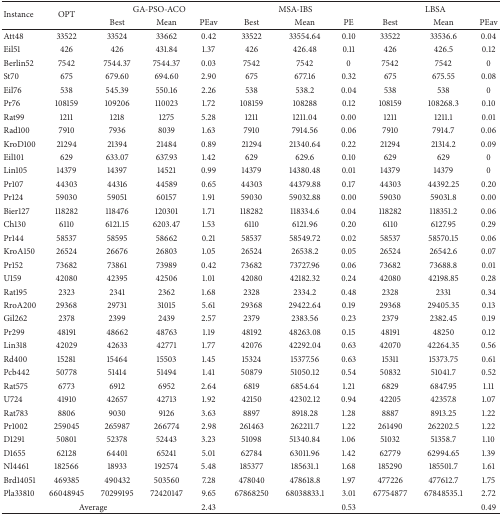
<table><thead><tr><td rowspan="2"><b>Instance</b></td><td rowspan="2"><b>OPT</b></td><td colspan="3"><b>GA-PSO-ACO</b></td><td colspan="3"><b>MSA-IBS</b></td><td colspan="3"><b>LBSA</b></td></tr><tr><td><b>Best</b></td><td><b>Mean</b></td><td><b>PEav</b></td><td><b>Best</b></td><td><b>Mean</b></td><td><b>PE</b></td><td><b>Best</b></td><td><b>Mean</b></td><td><b>PEav</b></td></tr></thead><tbody><tr><td>Att48</td><td>33522</td><td>33524</td><td>33662</td><td>0.42</td><td>33522</td><td>33554.64</td><td>0.10</td><td>33522</td><td>33536.6</td><td>0.04</td></tr><tr><td>Eil51</td><td>426</td><td>426</td><td>431.84</td><td>1.37</td><td>426</td><td>426.48</td><td>0.11</td><td>426</td><td>426.5</td><td>0.12</td></tr><tr><td>Berlin52</td><td>7542</td><td>7544.37</td><td>7544.37</td><td>0.03</td><td>7542</td><td>7542</td><td>0</td><td>7542</td><td>7542</td><td>0</td></tr><tr><td>St70</td><td>675</td><td>679.60</td><td>694.60</td><td>2.90</td><td>675</td><td>677.16</td><td>0.32</td><td>675</td><td>675.55</td><td>0.08</td></tr><tr><td>Eil76</td><td>538</td><td>545.39</td><td>550.16</td><td>2.26</td><td>538</td><td>538.2</td><td>0.04</td><td>538</td><td>538</td><td>0</td></tr><tr><td>Pr76</td><td>108159</td><td>109206</td><td>110023</td><td>1.72</td><td>108159</td><td>108288</td><td>0.12</td><td>108159</td><td>108268.3</td><td>0.10</td></tr><tr><td>Rat99</td><td>1211</td><td>1218</td><td>1275</td><td>5.28</td><td>1211</td><td>1211.04</td><td>0.00</td><td>1211</td><td>1211.1</td><td>0.01</td></tr><tr><td>Rad100</td><td>7910</td><td>7936</td><td>8039</td><td>1.63</td><td>7910</td><td>7914.56</td><td>0.06</td><td>7910</td><td>7914.7</td><td>0.06</td></tr><tr><td>KroD100</td><td>21294</td><td>21394</td><td>21484</td><td>0.89</td><td>21294</td><td>21340.64</td><td>0.22</td><td>21294</td><td>21314.2</td><td>0.09</td></tr><tr><td>Eil101</td><td>629</td><td>633.07</td><td>637.93</td><td>1.42</td><td>629</td><td>629.6</td><td>0.10</td><td>629</td><td>629</td><td>0</td></tr><tr><td>Lin105</td><td>14379</td><td>14397</td><td>14521</td><td>0.99</td><td>14379</td><td>14380.48</td><td>0.01</td><td>14379</td><td>14379</td><td>0</td></tr><tr><td>Pr107</td><td>44303</td><td>44316</td><td>44589</td><td>0.65</td><td>44303</td><td>44379.88</td><td>0.17</td><td>44303</td><td>44392.25</td><td>0.20</td></tr><tr><td>Pr124</td><td>59030</td><td>59051</td><td>60157</td><td>1.91</td><td>59030</td><td>59032.88</td><td>0.00</td><td>59030</td><td>59031.8</td><td>0.00</td></tr><tr><td>Bier127</td><td>118282</td><td>118476</td><td>120301</td><td>1.71</td><td>118282</td><td>118334.6</td><td>0.04</td><td>118282</td><td>118351.2</td><td>0.06</td></tr><tr><td>Ch130</td><td>6110</td><td>6121.15</td><td>6203.47</td><td>1.53</td><td>6110</td><td>6121.96</td><td>0.20</td><td>6110</td><td>6127.95</td><td>0.29</td></tr><tr><td>Pr144</td><td>58537</td><td>58595</td><td>58662</td><td>0.21</td><td>58537</td><td>58549.72</td><td>0.02</td><td>58537</td><td>58570.15</td><td>0.06</td></tr><tr><td>KroA150</td><td>26524</td><td>26676</td><td>26803</td><td>1.05</td><td>26524</td><td>26538.2</td><td>0.05</td><td>26524</td><td>26542.6</td><td>0.07</td></tr><tr><td>Pr152</td><td>73682</td><td>73861</td><td>73989</td><td>0.42</td><td>73682</td><td>73727.96</td><td>0.06</td><td>73682</td><td>73688.8</td><td>0.01</td></tr><tr><td>U159</td><td>42080</td><td>42395</td><td>42506</td><td>1.01</td><td>42080</td><td>42182.32</td><td>0.24</td><td>42080</td><td>42198.85</td><td>0.28</td></tr><tr><td>Rat195</td><td>2323</td><td>2341</td><td>2362</td><td>1.68</td><td>2328</td><td>2334.2</td><td>0.48</td><td>2328</td><td>2331</td><td>0.34</td></tr><tr><td>RroA200</td><td>29368</td><td>29731</td><td>31015</td><td>5.61</td><td>29368</td><td>29422.64</td><td>0.19</td><td>29368</td><td>29405.35</td><td>0.13</td></tr><tr><td>Gil262</td><td>2378</td><td>2399</td><td>2439</td><td>2.57</td><td>2379</td><td>2383.56</td><td>0.23</td><td>2379</td><td>2382.45</td><td>0.19</td></tr><tr><td>Pr299</td><td>48191</td><td>48662</td><td>48763</td><td>1.19</td><td>48192</td><td>48263.08</td><td>0.15</td><td>48191</td><td>48250</td><td>0.12</td></tr><tr><td>Lin318</td><td>42029</td><td>42633</td><td>42771</td><td>1.77</td><td>42076</td><td>42292.04</td><td>0.63</td><td>42070</td><td>42264.35</td><td>0.56</td></tr><tr><td>Rd400</td><td>15281</td><td>15464</td><td>15503</td><td>1.45</td><td>15324</td><td>15377.56</td><td>0.63</td><td>15311</td><td>15373.75</td><td>0.61</td></tr><tr><td>Pcb442</td><td>50778</td><td>51414</td><td>51494</td><td>1.41</td><td>50879</td><td>51050.12</td><td>0.54</td><td>50832</td><td>51041.7</td><td>0.52</td></tr><tr><td>Rat575</td><td>6773</td><td>6912</td><td>6952</td><td>2.64</td><td>6819</td><td>6854.64</td><td>1.21</td><td>6829</td><td>6847.95</td><td>1.11</td></tr><tr><td>U724</td><td>41910</td><td>42657</td><td>42713</td><td>1.92</td><td>42150</td><td>42302.12</td><td>0.94</td><td>42205</td><td>42357.8</td><td>1.07</td></tr><tr><td>Rat783</td><td>8806</td><td>9030</td><td>9126</td><td>3.63</td><td>8897</td><td>8918.28</td><td>1.28</td><td>8887</td><td>8913.25</td><td>1.22</td></tr><tr><td>Pr1002</td><td>259045</td><td>265987</td><td>266774</td><td>2.98</td><td>261463</td><td>262211.7</td><td>1.22</td><td>261490</td><td>262202.5</td><td>1.22</td></tr><tr><td>D1291</td><td>50801</td><td>52378</td><td>52443</td><td>3.23</td><td>51098</td><td>51340.84</td><td>1.06</td><td>51032</td><td>51358.7</td><td>1.10</td></tr><tr><td>D1655</td><td>62128</td><td>64401</td><td>65241</td><td>5.01</td><td>62784</td><td>63011.96</td><td>1.42</td><td>62779</td><td>62994.65</td><td>1.39</td></tr><tr><td>Nl4461</td><td>182566</td><td>18933</td><td>192574</td><td>5.48</td><td>185377</td><td>185631.1</td><td>1.68</td><td>185290</td><td>185501.7</td><td>1.61</td></tr><tr><td>Brd14051</td><td>469385</td><td>490432</td><td>503560</td><td>7.28</td><td>478040</td><td>478618.8</td><td>1.97</td><td>477226</td><td>477612.7</td><td>1.75</td></tr><tr><td>Pla33810</td><td>66048945</td><td>70299195</td><td>72420147</td><td>9.65</td><td>67868250</td><td>68038833.1</td><td>3.01</td><td>67754877</td><td>67848535.1</td><td>2.72</td></tr><tr><td colspan="4">Average</td><td>2.43</td><td colspan="2"> </td><td>0.53</td><td colspan="2"> </td><td>0.49</td></tr></tbody></table>